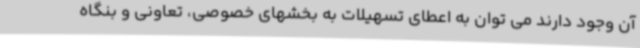
آن وجود دارند می توان به اعطای تسهیلات به بخشهای خصوصی، تعاونی و بنگاه